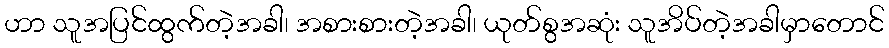
ဟာ သူအပြင်ထွက်တဲ့အခါ၊ အစားစားတဲ့အခါ၊ ယုတ်စွအဆုံး သူအိပ်တဲ့အခါမှာတောင်